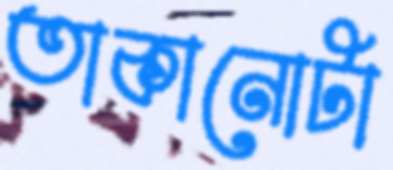
তাকানোটা